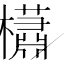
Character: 櫹